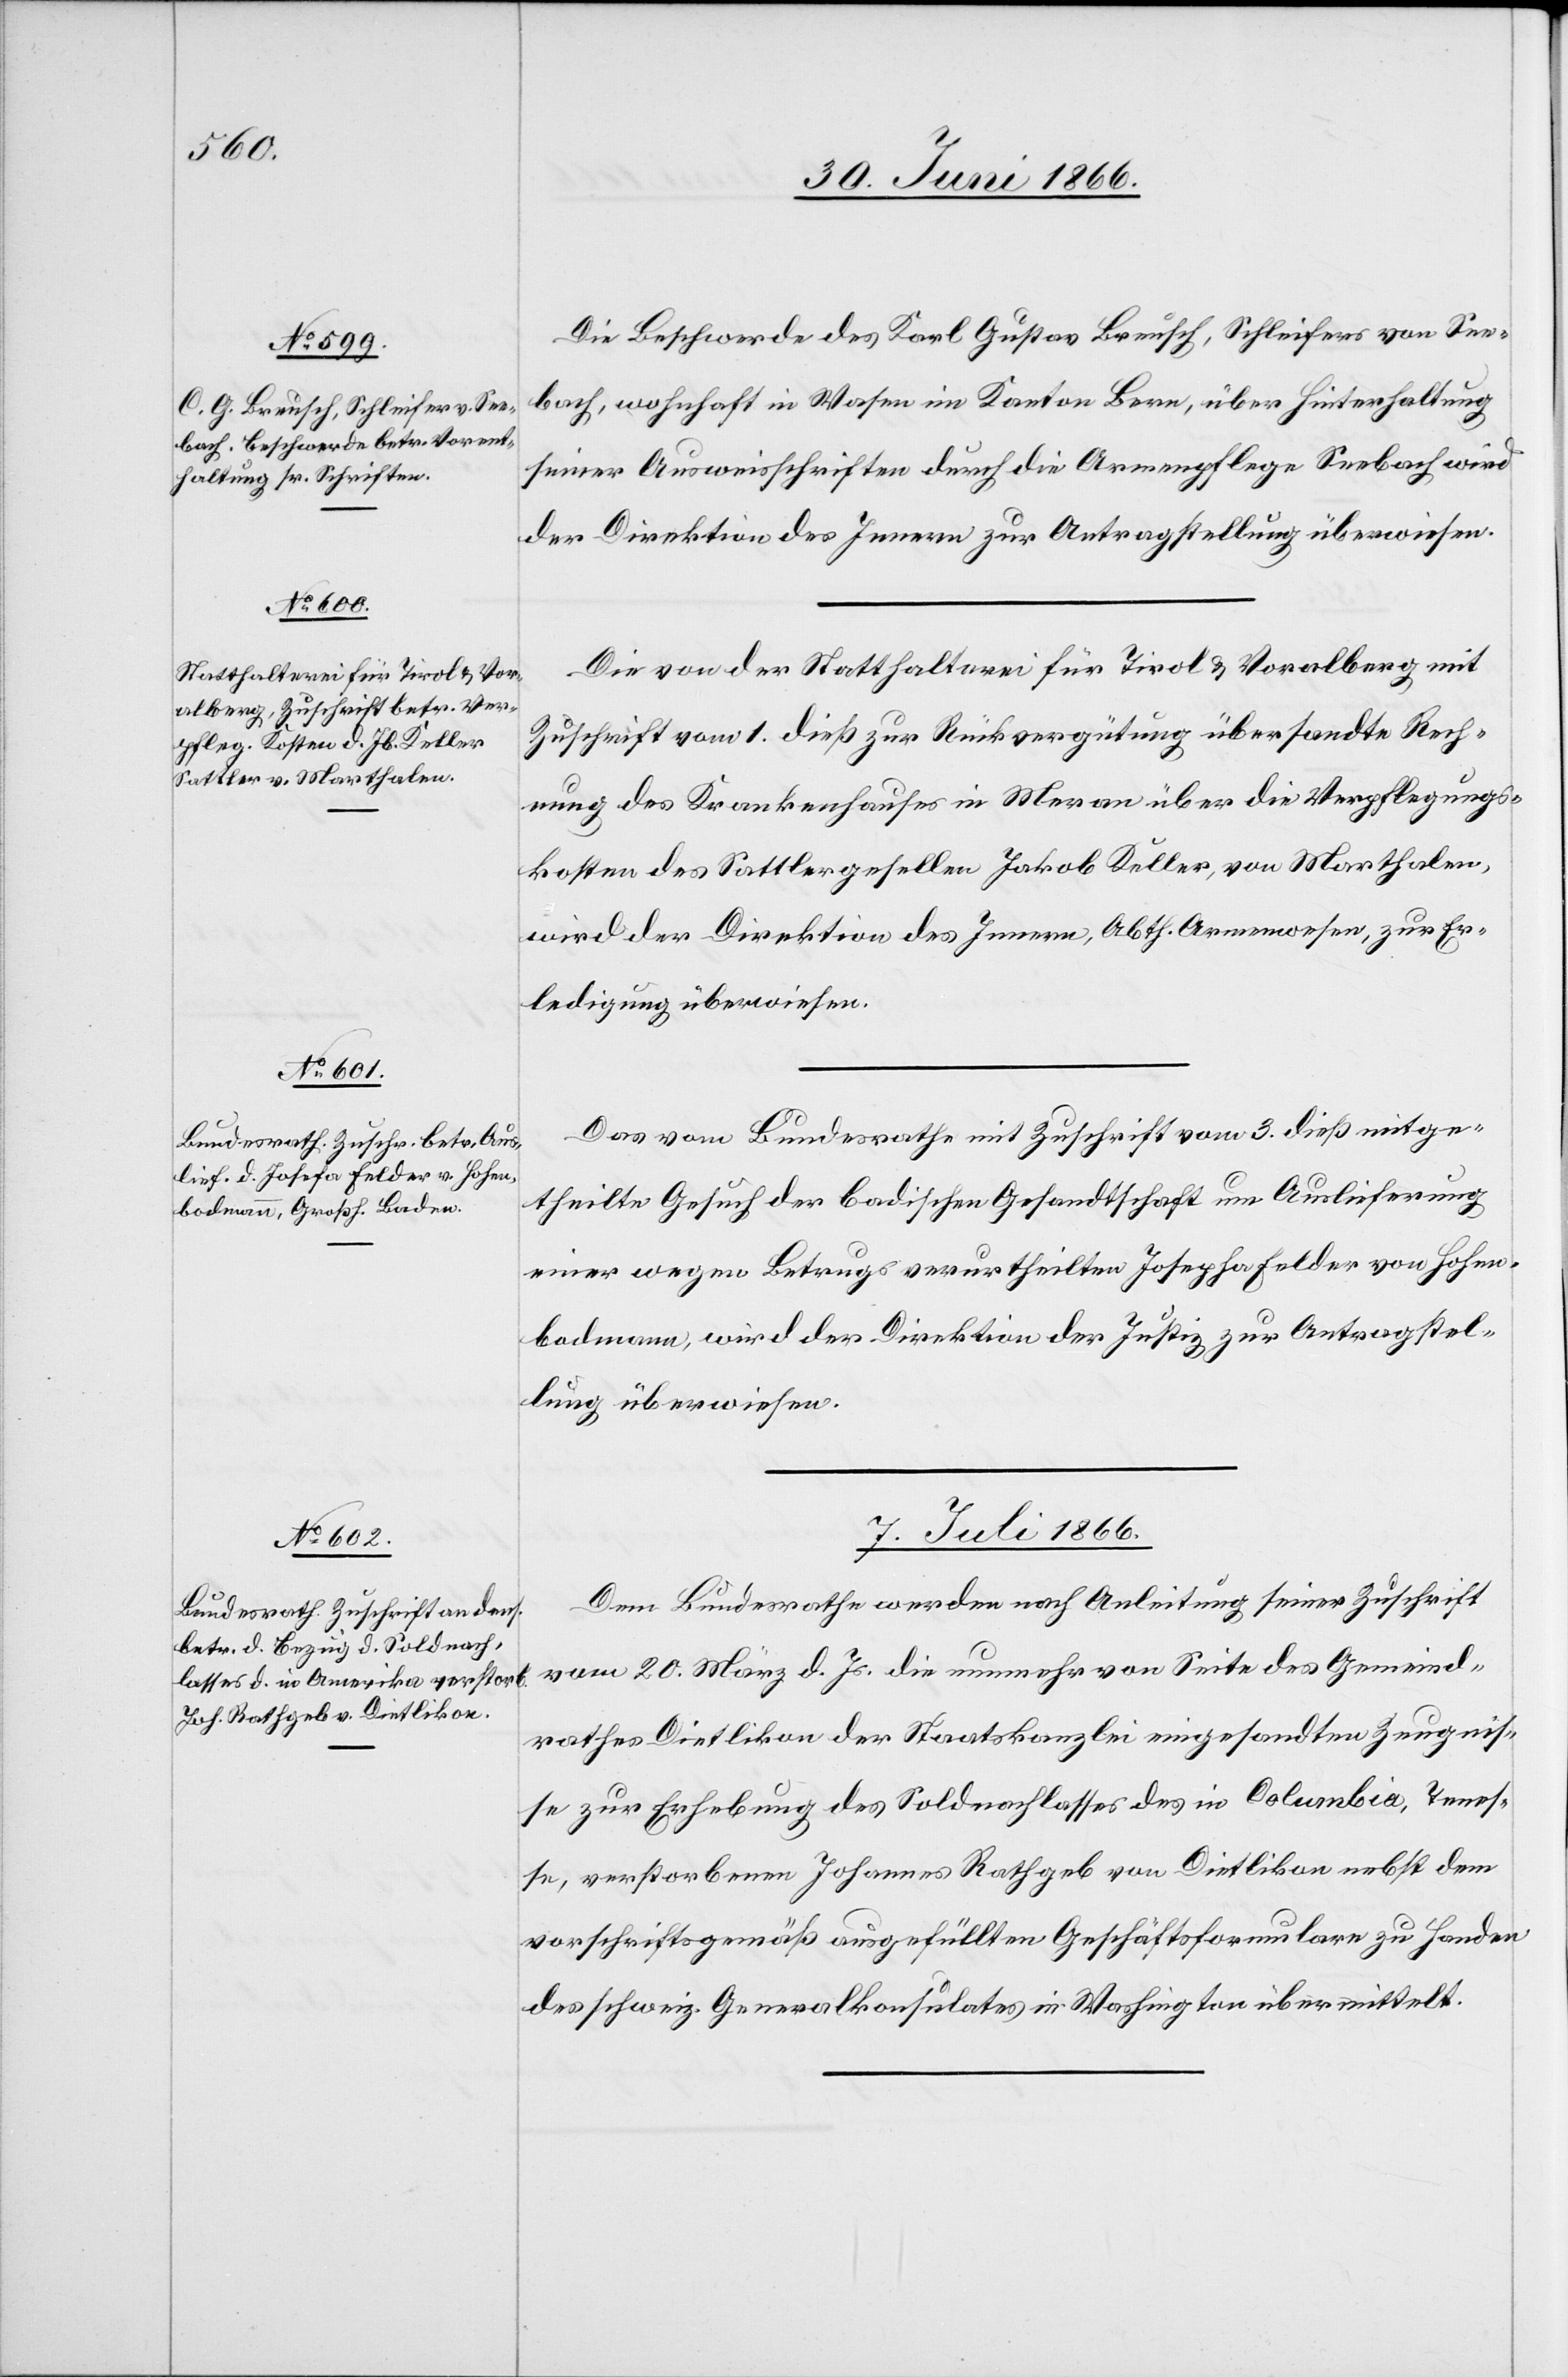
Die Beschwerde des Karl Gustav Breusch, Schleifer von See¬
bach, wohnhaft in Wasen im Kanton Bern, über Hinterhaltung
seiner Ausweisschriften durch die Armenpflege Seebach wird
der Direktion des Innern zur Antragstellung überwiesen.
Die von der Statthalterei für Tirol u. Vorarlberg mit
Zuschrift vom 1. dieß zur Rückvergütung übersandte Rech¬
nung des Krankenhauses in Meran über die Verpflegungs¬
kosten des Sattlergesellen Jakob Keller, von Marthalen
wird der Direktion des Innern, Abth. Armenwesen, zur Er¬
ledigung überwiesen.
Das vom Bundesrathe mit Zuschrift vom 3. dieß mitge¬
theilte Gesuch der badischen Gesandtschaft um Auslieferung
einer wegen Betrugs verurtheilten Josepha Felder von Hohen¬
badmann, wird der Direktion der Justiz zur Antragstel¬
lung überwiesen.
7. Juli 1866.
Dem Bundesrathe werden nach Anleitung seiner Zuschrift
vom 20. März d. Js. die nunmehr von Seite des Gemeind¬
rathes Dietlikon der Staatskanzlei eingesandten Zeugnis¬
se zur Erhebung des Soldnachlasses des in Clumbia, Tenes¬
se, verstorbenen Johannes Rathgeb von Dietlikon nebst dem
vorschriftsgemäß ausgefüllten Geschäftsformulare zu Handen
des schweiz. Generalkonsulates in Washington übermittelt.